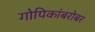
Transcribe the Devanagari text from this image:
गोपिकांबरोबर